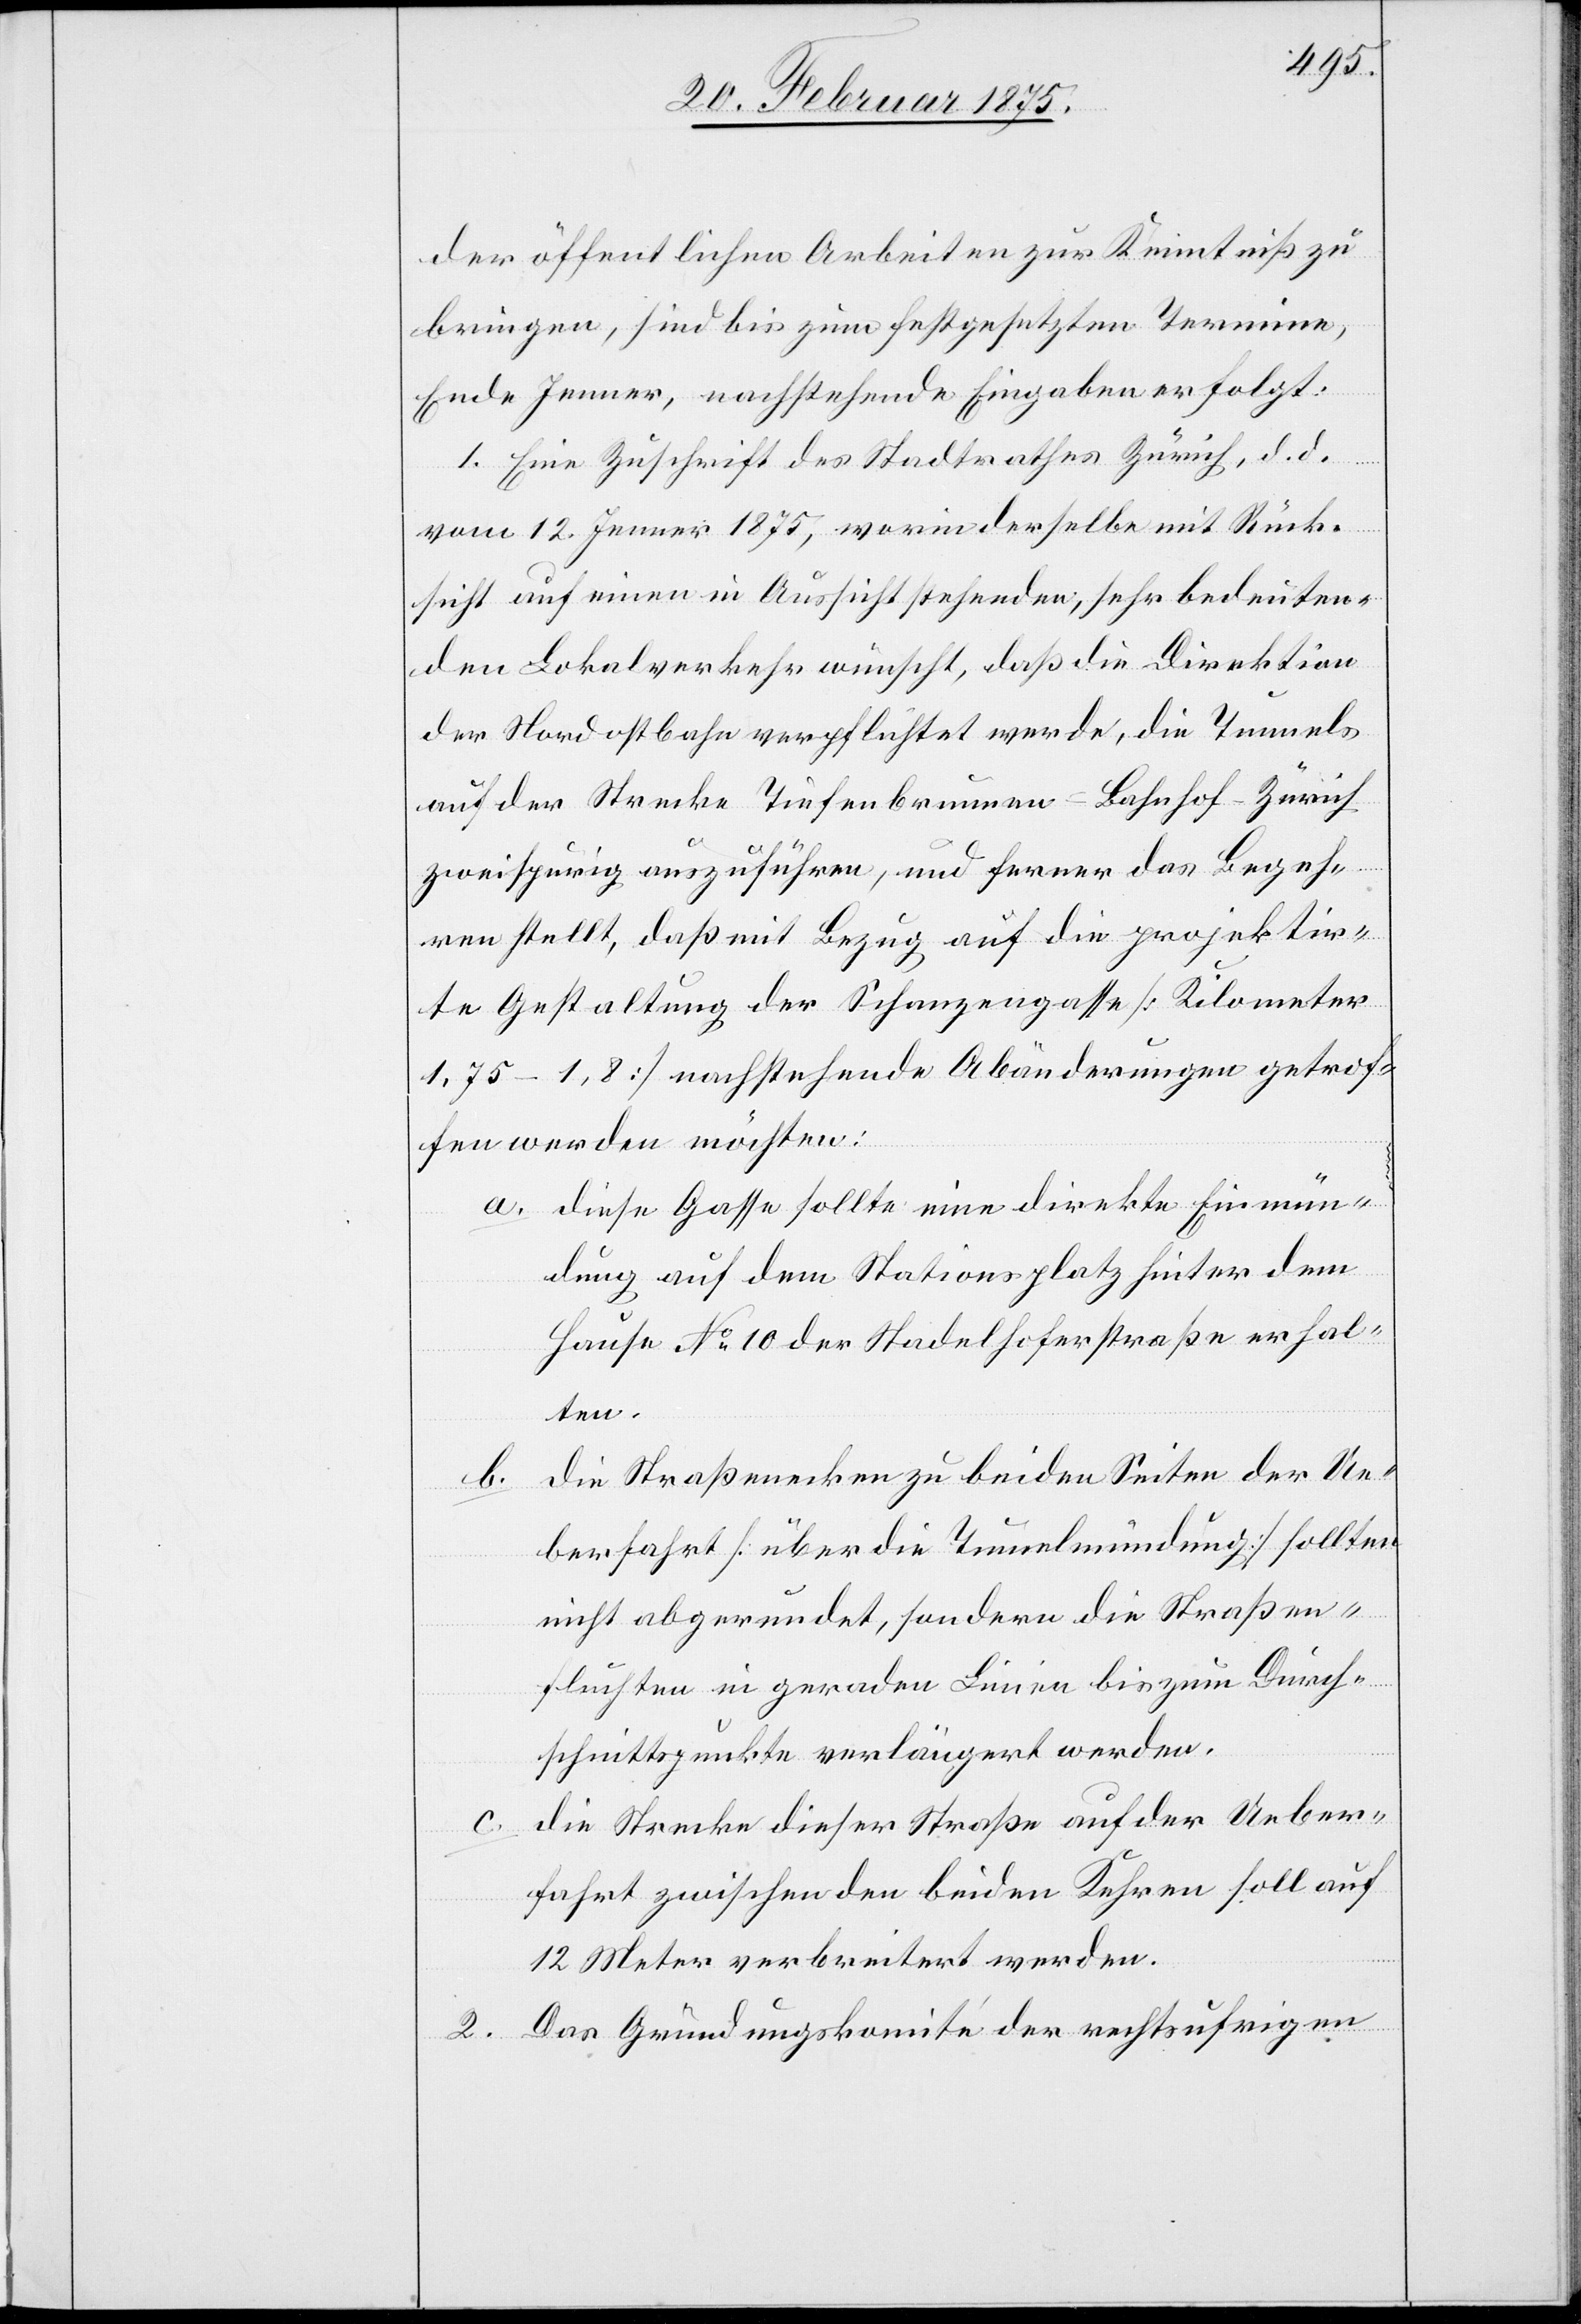
der öffentlichen Arbeiten zur Kenntniß zu
bringen, sind bis zum festgesetzten Termine,
Ende Jenner, nachstehende Eingaben erfolgt:
1. Eine Zuschrift des Stadtrathes Zürich, d. d.
vom 12. Jenner 1875, worin derselbe mit Rück¬
sicht auf einen in Aussicht stehenden, sehr bedeuten¬
den Lokalverkehr wünscht, daß die Direktion
der Nordostbahn verpflichtet werde, die Tunnels
auf der Strecke Tiefenbrunnen-Bahnhof-Zürich
zweispurig auszuführen, und ferner das Begeh¬
ren stellt, daß mit Bezug auf die projektir¬
te Gestaltung der Schanzengasse [Kilometer
1,75–1,8] nachstehende Abänderungen getrof¬
fen werden möchten:
a. diese Gasse sollte eine direkte Einmün¬
dung auf dem Stationsplatz hinter dem
Hause No 10 der Stadelhoferstraße erhal¬
ten.
b. die Straßenecken zu beiden Seiten der Ue¬
berfahrt [über die Tunnelmündung] sollten
nicht abgerundet, sondern die Straßen¬
fluchten in geraden Linien bis zum Durch¬
schnittspunkte verlängert werden.
die Strecke dieser Straße auf der Ueber¬
fahrt zwischen den beiden Kehren soll auf
12 Meter verbreitert werden.
2. Das Gründungskomite der rechtsufrigen